Medical and sanitary report of the native army of Madras for the year
Year: 1878
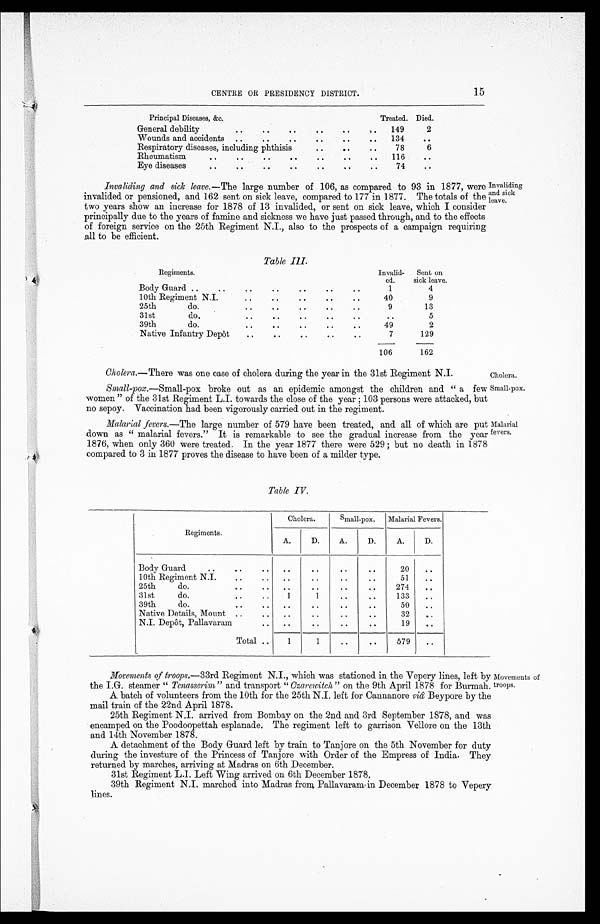
CENTRE OR PRESIDENCY DISTRICT.
15
Principal Diseases, &c.
Treated. Died.
General debility
..
..
. .
. .
..
..
149
2
Wounds and accidents ..
. .
. .
. .
. .
. .
134
..
Respiratory diseases, including phthisis
. .
..
. .
78
6
Rheumatism
..
. .
..
. .
. .
. .
. .
116
. .
Eye diseases ..
. .
. .
. .
..
..
. .
74
. .
Invaliding and sick leave.—The large number of 106, as compared to 93 in 1877, were
invalided or pensioned, and 162 sent on sick leave compared to 177 in 1877. The totals of the
two years show an increase for 1878 of 13 invalided, or sent on sick leave, which I consider
principally due to the years of famine and sickness we have just passed through, and to the effects
of foreign service on the 25th Regiment N.I., also to the prospects of a campaign requiring
all to be efficient.
Table III
Regiments.
Invalid
ed.
Sent on
sick leave.
Body Guard .. ..
..
..
..
. .
..
1
4
10th Regiment N.I
..
..
. .
..
. .
40
9
25th
do.
. .
. .
. .
. .
. .
9
13
31st
do.
. .
. .
. .
. .
. .
. .
5
39th
do.
. .
. .
..
..
..
49
2
Native Infantry Depôt
..
..
..
..
..
7
129
106
162
Invaliding
and sick
leave.
Cholera .—There was one case of cholera during the year in the 31st Regiment N.I.
Small-pox .—Small-pox broke out as an epidemic amongst the children and " a few
women " of the 31st Regiment L.I. towards the close of the year ; 103 persons were attacked, but
no sepoy. Vaccination had been vigorously carried out in the regiment.
Malarial fevers.—The large number of 579 have been treated, and all of which are put
down as " malarial fevers." It is remarkable to see the gradual increase from the year
1876, when only 360 were treated. In the year 1877 there were 529 ; but no death in 1878
compared to 3 in 1877 proves the disease to have been of a milder type.
Cholera.
Small-pox.
Malarial
fevers.
Table IV.
Regiments.
Cholera.
Small-pox. Malarial Fevers.
A.
D.
A.
D.
A.
D.
Body Guard
..
. .
. .
. .
..
..
. .
20
. .
10th Regiment N.I.
. .
..
..
..
..
..
51
. .
25th
do.
..
. .
. .
..
..
. .
274
. .
31st
do.
..
..
1
1
. .
..
133
..
39th
do.
..
..
..
..
. .
..
50
..
Native Details, Mount ..
. .
. .
. .
. .
. .
32
. .
N.I. Depôt, Paliavaram
..
. .
..
. .
..
19
. .
Total ..
1
. .
. .
. .
579
. .
Movements of troops.—33rd Regiment N.I., which was stationed in the Vepery lines, left by
the I.G. steamer " Tenasserim " and transport " Czarewitch," on the 9th April 1878 for Burmah.
A batch of volunteers from the 10th for the 25th N.I. left for Cannanore viâ Beypore by the
mail train of the 22nd April 1878.
25th Regiment N.I. arrived from Bombay on the 2nd and 3rd September 1878, and was
encamped on the Poodoopettah esplanade, The regiment left to garrison Vellore on the 13th
and 14th November 1878.
A detachment of the Body Guard left by train to Tanjore on the 5th November for duty
during the investure of the Princess of Tanjore with Order of the Empress of India. They
returned by marches, arriving at Madras on 6th December.
31st Regiment L.I. Left Wing arrived on 6th December 1878.
39th Regiment N.I. marched into Madras from Pallavaram in December 1878 to Vepery
lines.
Movements of
roops.